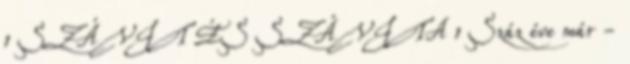
1 SZÁVIT ÉS SZÁVITA 1 Száz éve már -